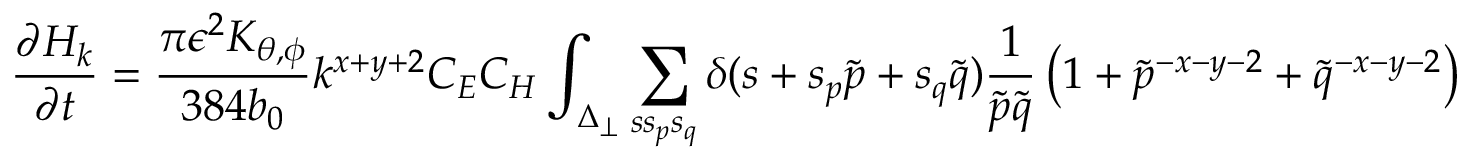
\frac { \partial H _ { k } } { \partial t } = \frac { \pi \epsilon ^ { 2 } K _ { \theta , \phi } } { 3 8 4 b _ { 0 } } k ^ { x + y + 2 } C _ { E } C _ { H } \int _ { \Delta _ { \perp } } \sum _ { s s _ { p } s _ { q } } \delta ( s + s _ { p } \tilde { p } + s _ { q } \tilde { q } ) \frac { 1 } { \tilde { p } \tilde { q } } \left( 1 + { \tilde { p } } ^ { - x - y - 2 } + { \tilde { q } } ^ { - x - y - 2 } \right)